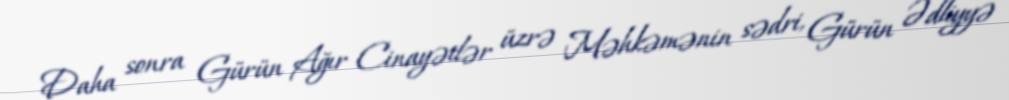
Daha sonra Gürün Ağır Cinayətlər üzrə Məhkəmənin sədri, Gürün Ədliyyə